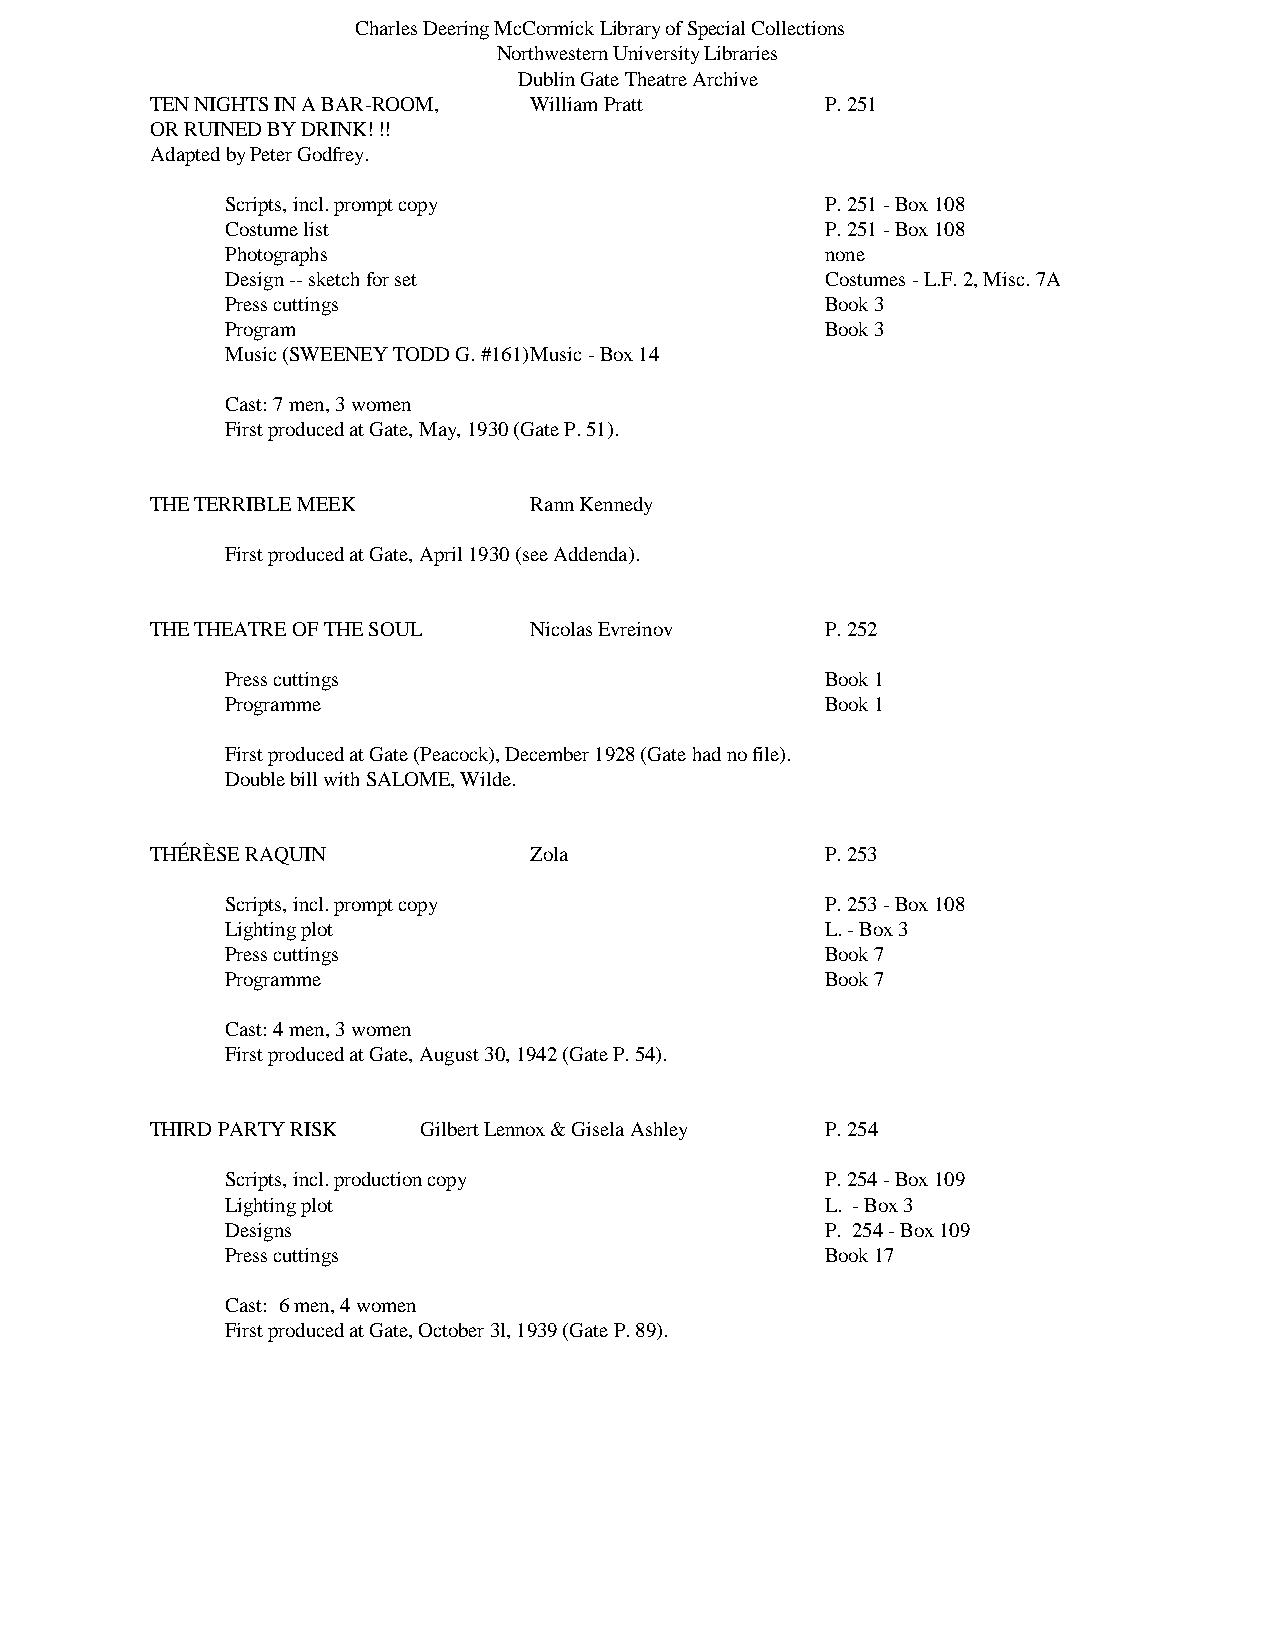
Charles Deering McCormick Library of Special Collections
 Northwestern University Libraries
 Dublin Gate Theatre Archive
 TEN NIGHTS IN A BAR-ROOM, William Pratt      P. 251
 OR RUINED BY DRINK! !!
 Adapted by Peter Godfrey.
 Scripts, incl. prompt copy              P. 251 - Box 108
 Costume list                            P. 251 - Box 108
 Photographs                             none
 Design -- sketch for set                Costumes - L.F. 2, Misc. 7A
 Press cuttings                          Book 3
 Program                                 Book 3
 Music (SWEENEY TODD G. #161) Music - Box 14
 Cast: 7 men, 3 women
 First produced at Gate, May, 1930 (Gate P. 51).
 THE TERRIBLE MEEK        Rann Kennedy
 First produced at Gate, April 1930 (see Addenda).
 THE THEATRE OF THE SOUL  Nicolas Evreinov    P. 252
 Press cuttings                          Book 1
 Programme                               Book 1
 First produced at Gate (Peacock), December 1928 (Gate had no file).
 Double bill with SALOME, Wilde.
 THÉRÈSE RAQUIN           Zola                P. 253
 Scripts, incl. prompt copy              P. 253 - Box 108
 Lighting plot                           L. - Box 3
 Press cuttings                          Book 7
 Programme                               Book 7
 Cast: 4 men, 3 women
 First produced at Gate, August 30, 1942 (Gate P. 54).
 THIRD PARTY RISK  Gilbert Lennox & Gisela Ashley P. 254
 Scripts, incl. production copy          P. 254 - Box 109
 Lighting plot                           L. - Box 3
 Designs                                 P. 254 - Box 109
 Press cuttings                          Book 17
 Cast: 6 men, 4 women
 First produced at Gate, October 3l, 1939 (Gate P. 89).